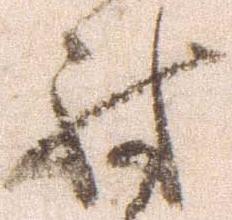
討